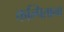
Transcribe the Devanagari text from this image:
कल्पिताना